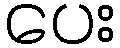
ပေး